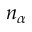
n _ { \alpha }